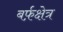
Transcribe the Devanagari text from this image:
बर्फ़क्षेत्र